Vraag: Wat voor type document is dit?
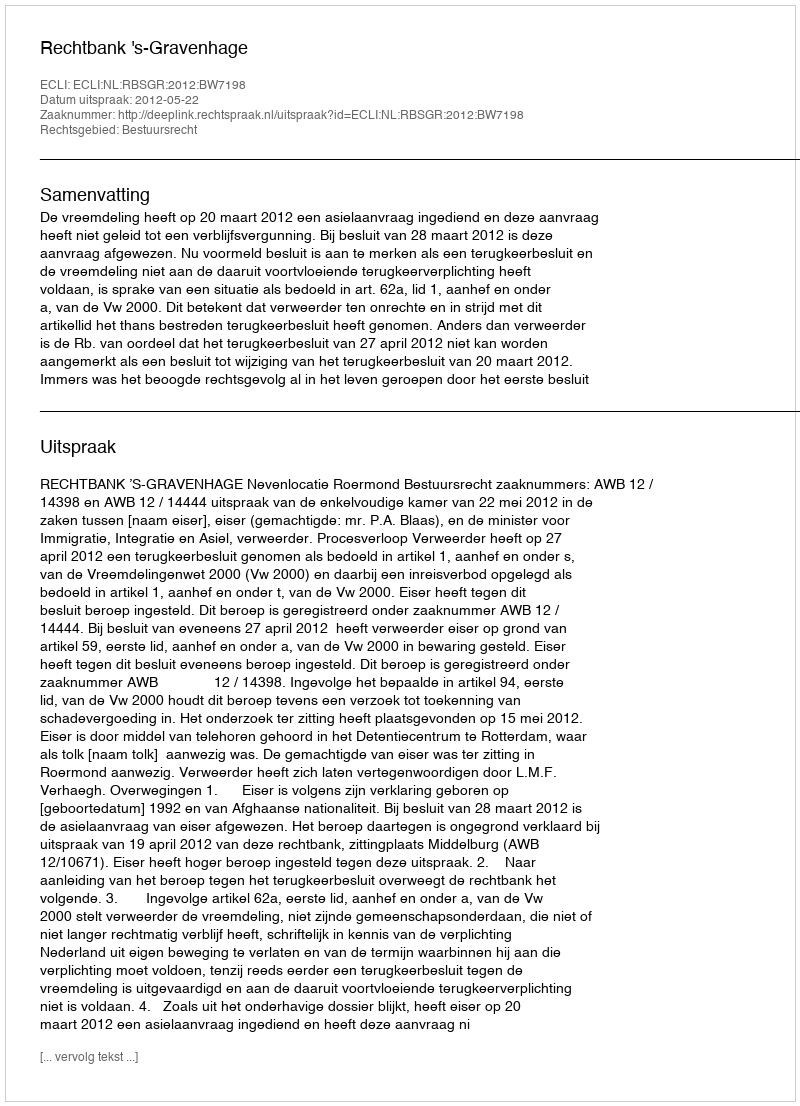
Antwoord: Uitspraak